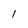
Character: I